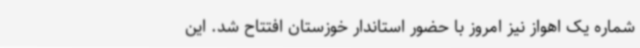
شماره یک اهواز نیز امروز با حضور استاندار خوزستان افتتاح شد. این